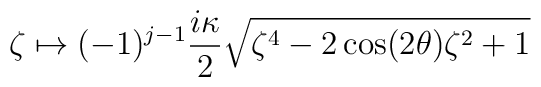
\zeta \mapsto(-1)^{j-1} \frac{i \kappa}{2} \sqrt{\zeta^4-2\cos (2\theta)\zeta ^2+1}